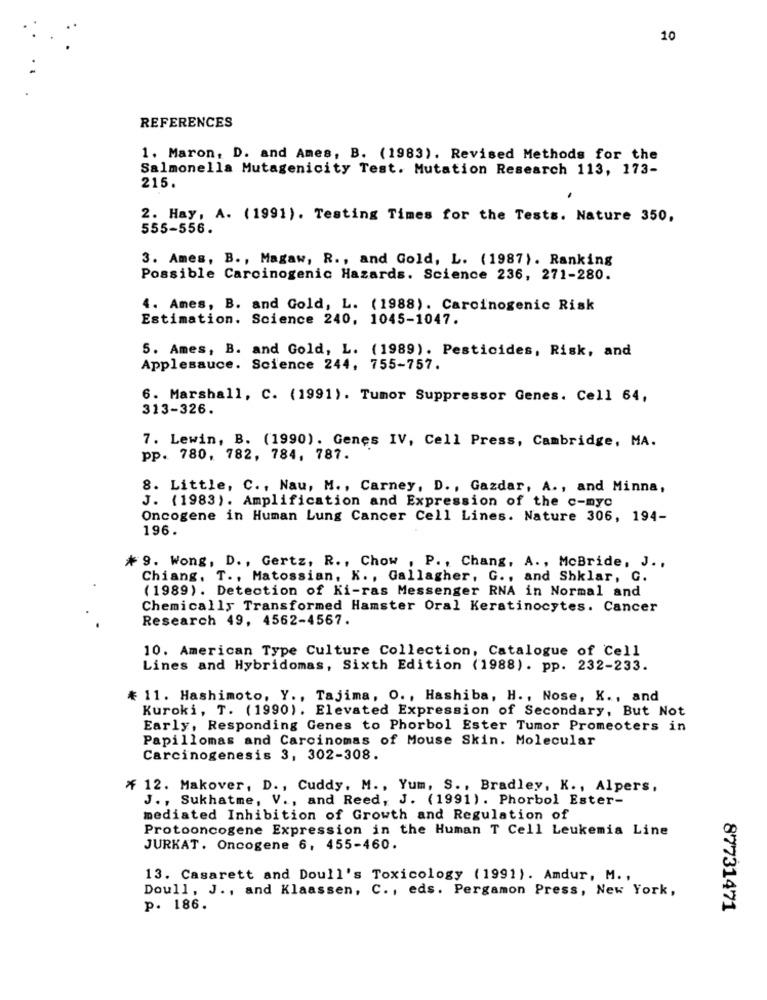
10
REFERENCES
1. Maron, D. and Ames, B. (1983). Revised Methods for the
Salmonella Mutagenicity Test. Mutation Research 113, 173-
215.
2. Hay, A. (1991). Testing Times for the Tests. Nature 350,
555-556.
3. Ames, B ., Magaw, R ., and Gold, L. (1987). Ranking
Possible Carcinogenic Hazards. Science 236, 271-280.
4. Ames, B. and Gold, L. (1988). Carcinogenic Risk
Estimation. Science 240, 1045-1047.
5. Ames, B. and Gold, L. (1989). Pesticides, Risk, and
Applesauce. Science 244, 755-757.
6. Marshall, C. (1991). Tumor Suppressor Genes. Cell 64,
313-326.
7. Lewin, B. (1990). Genes IV, Cell Press, Cambridge, MA.
pp. 780, 782, 784, 787.
8. Little, C ., Nau, M ., Carney, D ., Gazdar, A ., and Minna,
J. (1983). Amplification and Expression of the c-myc
Oncogene in Human Lung Cancer Cell Lines. Nature 306, 194-
196.
* 9. Wong, D ., Gertz, R ., Chow , P ., Chang, A ., McBride, J .,
Chiang. T ., Matossian, K ., Gallagher, G ., and Shklar, G.
(1989). Detection of Ki-ras Messenger RNA in Normal and
Chemically Transformed Hamster Oral Keratinocytes. Cancer
Research 49, 4562-4567.
10. American Type Culture Collection, Catalogue of Cell
Lines and Hybridomas, Sixth Edition (1988). pp. 232-233.
# 11. Hashimoto, Y ., Tajima, O ., Hashiba, H ., Nose, K ., and
Kuroki, T. (1990). Elevated Expression of Secondary, But Not
Early, Responding Genes to Phorbol Ester Tumor Promeoters in
Papillomas and Carcinomas of Mouse Skin. Molecular
Carcinogenesis 3, 302-308.
* 12. Makover, D ., Cuddy, M ., Yum, S ., Bradley, K ., Alpers,
J ., Sukhatme, V ., and Reed, J. (1991). Phorbol Ester-
mediated Inhibition of Growth and Regulation of
Protooncogene Expression in the Human T Cell Leukemia Line
JURKAT. Oncogene 6, 455-460.
13. Casarett and Doull's Toxicology (1991). Amdur, M .,
Doull, J ., and Klaassen, C ., eds. Pergamon Press, New York,
p. 186.
87731471